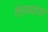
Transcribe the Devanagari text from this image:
तेलव्यापार